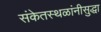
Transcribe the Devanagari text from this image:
संकेतस्थळांनीसुद्धा